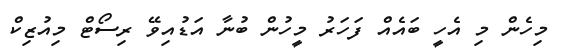
މިހެން މި އެހީ ބައެއް ފަހަރު މީހުން ބުނާ އަޑުއިވޭ ރިސޯޓް މިއުޒިކް